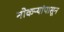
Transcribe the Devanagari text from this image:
नोकऱ्यांपासून